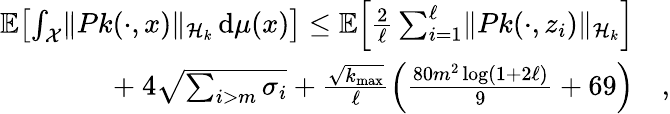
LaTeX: \begin{array}{rl}{\mathbb{E}\! \left[\int_{\mathcal{X}}\lVert Pk(\cdot,x)\rVert_{\mathcal{H}_{k}}\, \mathrm{d}\mu(x)\right]\le\mathbb{E}\! \left[\frac 2\ell\sum_{i=1}^{\ell}\lVert Pk(\cdot,z_{i})\rVert_{\mathcal{H}_{k}}\right]}&{}\\ {+\ 4\sqrt{\sum_{i>m}\sigma_{i}}+\frac{\sqrt{k_{\operatorname*{max}}}}{\ell}\left(\frac{80m^{2}\log(1+2\ell)}9+69\right)}&{,}\end{array}